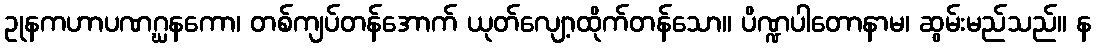
ဥုနကဟာပဏဂ္ဃနကော၊ တစ်ကျပ်တန်အောက် ယုတ်လျော့ထိုက်တန်သော။ ပိဏ္ဍပါတောနာမ၊ ဆွမ်းမည်သည်။ န